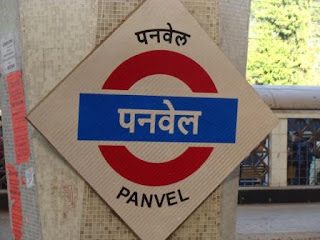
Language: marathi
Transcription: पनवेल